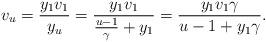
LaTeX: \begin{align*}v_u=\frac{y_1v_1}{y_u}=\frac{y_1v_1}{\frac{u-1}{\gamma}+y_1}=\frac{y_1v_1\gamma}{u-1+y_1\gamma}. \end{align*}